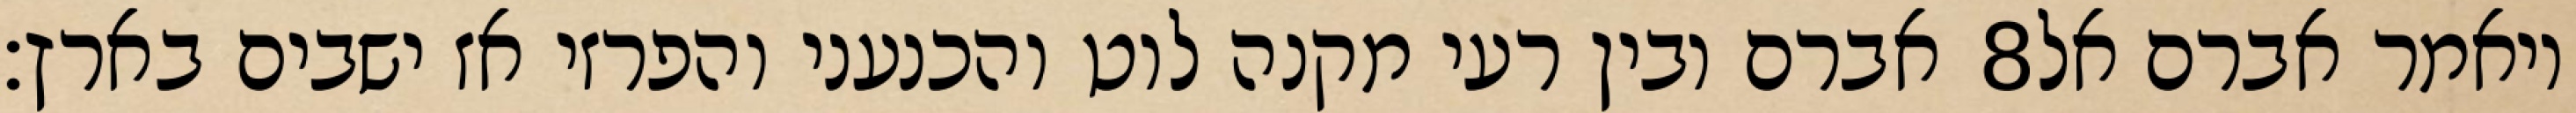
אברם ובין רעי מקנה לוט והכנעני והפרזי אז ישבים בארץ׃ ‎8‏ ויאמר אברם אל